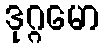
ဒုဂ္ဂမော